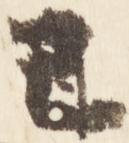
已